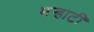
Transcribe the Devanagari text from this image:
मर्‍हाटी